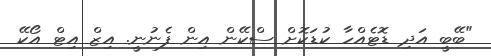
"ބޭބީ އަދި ޑޮޓެއްހާ ކުޑަކޮށް ސްކޭން އިން ފެނުނީ. އިޒް އިޓް އޯކޭ